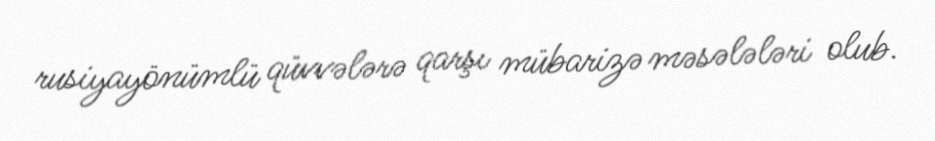
rusiyayönümlü qüvvələrə qarşı mübarizə məsələləri olub.